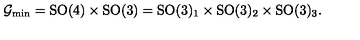
\mathcal { G } _ { \mathrm { m i n } } = \mathrm { S O } ( 4 ) \times \mathrm { S O } ( 3 ) = \mathrm { S O } ( 3 ) _ { 1 } \times \mathrm { S O } ( 3 ) _ { 2 } \times \mathrm { S O } ( 3 ) _ { 3 } .